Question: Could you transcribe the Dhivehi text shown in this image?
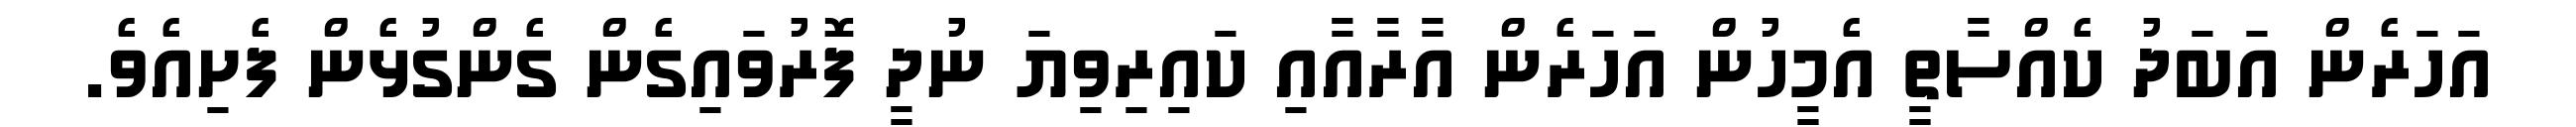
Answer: އަހަރެން އަބަދު ކެއްސާތީ އެމީހުން އަހަރެން އާރާއާއި ކައިރިވިޔަ ނުދީ ފޮރުވައިގެން ގެންގުޅެން ފެށިއެވެ.